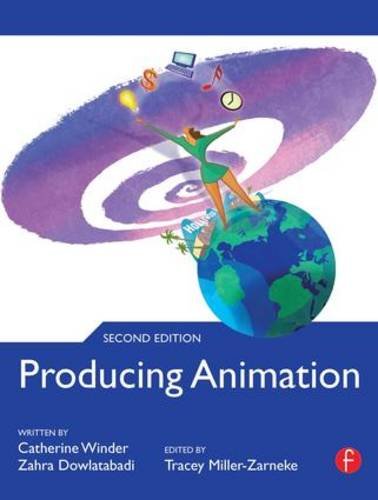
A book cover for Producing Animation; Catherine Winder; Arts & Photography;